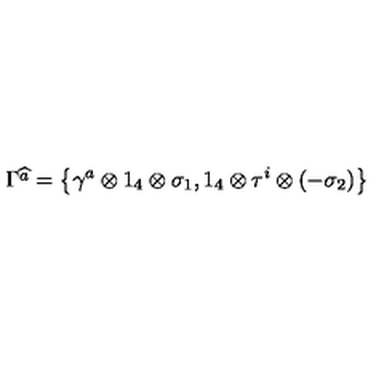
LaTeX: \Gamma \widehat { ^ { a } } = \left\{ \gamma ^ { a } \otimes 1 _ { 4 } \otimes \sigma _ { 1 } , 1 _ { 4 } \otimes \tau ^ { i } \otimes ( - \sigma _ { 2 } ) \right\}